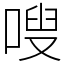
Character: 嗖